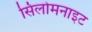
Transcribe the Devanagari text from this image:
सिलोमनाइट